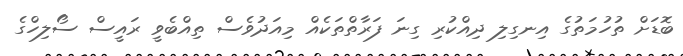
ބޮޑަށް ތުހުމަތުގެ އިނގިލި ދިއްކުރި ގިނަ ފަރާތްތަކެއް މިއަދުވެސް ތިއްބެވީ ރައީސް ސޯލިހްގެ